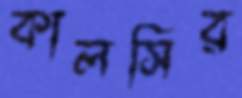
কালসির